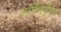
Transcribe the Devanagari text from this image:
ऑर्केस्ट्रेटेड